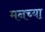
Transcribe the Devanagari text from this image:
मनच्या